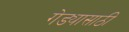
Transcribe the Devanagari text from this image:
गेड्यासाठी